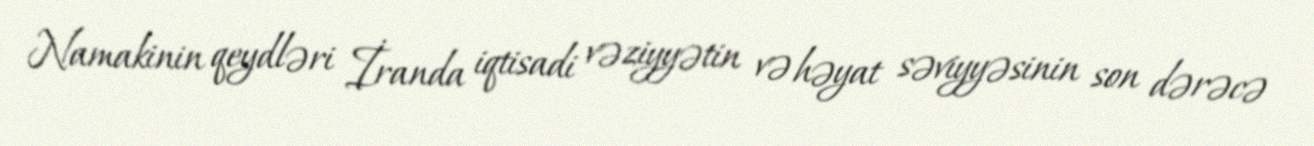
Namakinin qeydləri İranda iqtisadi vəziyyətin və həyat səviyyəsinin son dərəcə